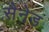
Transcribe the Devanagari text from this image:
सैनेड